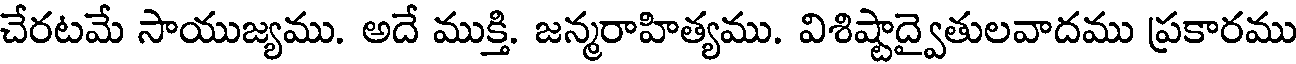
చేరటమే సాయుజ్యము. అదే ముక్తి. జన్మరాహిత్యము. విశిష్టాద్వైతులవాదము ప్రకారము